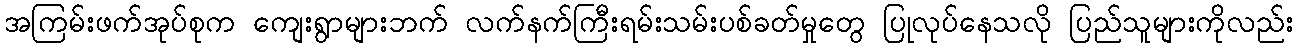
အကြမ်းဖက်အုပ်စုက ကျေးရွာများဘက် လက်နက်ကြီးရမ်းသမ်းပစ်ခတ်မှုတွေ ပြုလုပ်နေသလို ပြည်သူများကိုလည်း